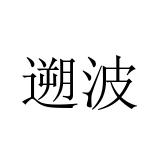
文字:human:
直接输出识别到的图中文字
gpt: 遡波